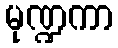
မုဏ္ဍကာ